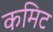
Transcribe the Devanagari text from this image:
कमिट